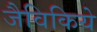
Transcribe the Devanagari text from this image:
जैविकिये